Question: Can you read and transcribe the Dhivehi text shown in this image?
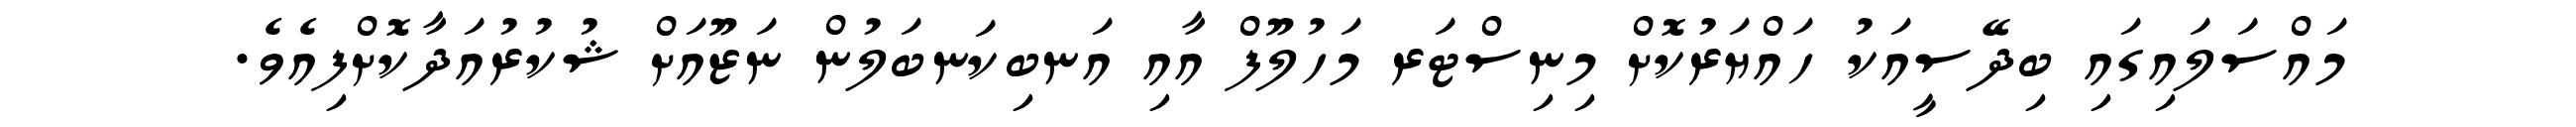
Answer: މައްސަލައިގައި ބިދޭސީއަކު ހައްޔަރުކޮށް މިނިސްޓަރ މަހުލޫފް އާއި އަނބިކަނބަލުން ނަޒޫއަށް ޝުކުރުއަދާކޮށްފިއެވެ.